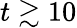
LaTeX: t\gtrsim 10